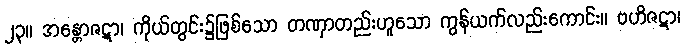
၂၃။ အန္တောဇဋာ၊ ကိုယ်တွင်း၌ဖြစ်သော တဏှာတည်းဟူသော ကွန်ယက်လည်းကောင်း။ ဗဟိဇဋာ၊